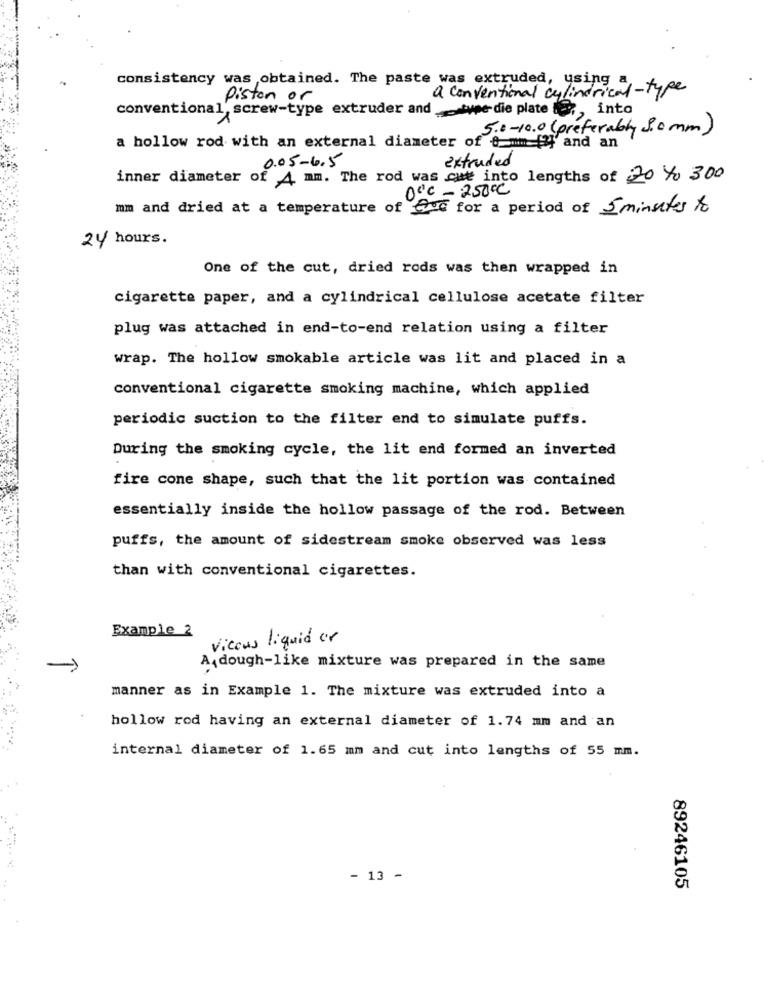
consistency was obtained. The paste was extruded, using a
a conventional cylindrical-type
piston or
conventional, screw-type extruder and _type die plate , into
5.0-10.0 (preferably 3.0 mm)
a hollow rod with an external diameter of 0 . [2]' and an
0.05-6.5
extruded
inner diameter of 4 mm. The rod was cut into lengths of 20 to 300
00℃ -250cc
mm and dried at a temperature of God for a period of 5 minutes to
24 hours.
One of the cut, dried rods was then wrapped in
cigarette paper, and a cylindrical cellulose acetate filter
plug was attached in end-to-end relation using a filter
wrap. The hollow smokable article was lit and placed in a
conventional cigarette smoking machine, which applied
periodic suction to the filter end to simulate puffs.
During the smoking cycle, the lit end formed an inverted
fire cone shape, such that the lit portion was contained
essentially inside the hollow passage of the rod. Between
puffs, the amount of sidestream smoke observed was less
than with conventional cigarettes.
Example 2
vicous liquid or
-
A{dough-like mixture was prepared in the same
manner as in Example 1. The mixture was extruded into a
hollow rod having an external diameter of 1.74 mm and an
internal diameter of 1.65 mm and cut into lengths of 55 mm.
- 13 -
89246105